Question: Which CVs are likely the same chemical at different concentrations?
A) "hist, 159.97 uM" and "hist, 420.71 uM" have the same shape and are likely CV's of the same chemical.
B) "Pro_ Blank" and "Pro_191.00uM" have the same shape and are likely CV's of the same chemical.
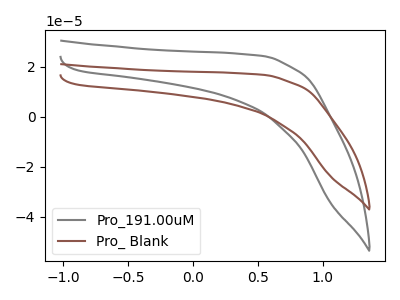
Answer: <think>The gray curve "Pro_191.00uM" has no peaks. The brown curve "Pro_ Blank" has no peaks.
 Neither "Pro_191.00uM" or "Pro_ Blank" have any peaks.</think>
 <answer>B) "Pro_ Blank" and "Pro_191.00uM" have the same shape and are likely CV's of the same chemical.</answer>
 <eval>B</eval>